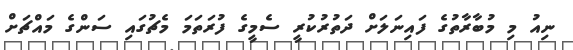
ނިއު މި މުބާރާތުގެ ފައިނަލަށް ދަތުުރުކުރީ ސެމީގެ ފުރަތަމަ މެޗުގައި ސަންގެ މައްޗަށް